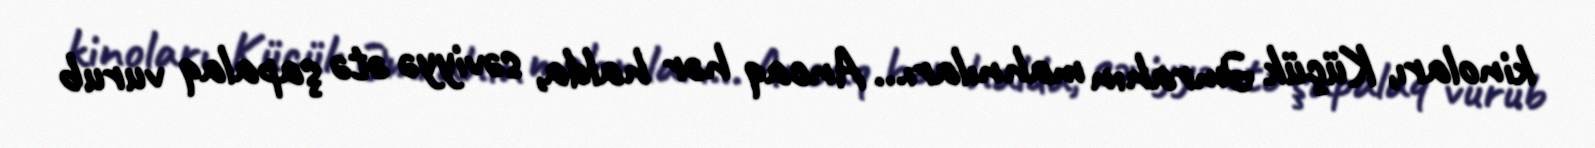
kinoları, Küçük Əmrahın mahnıları... Ancaq hər halda, səviyyə ətə şapalaq vurub